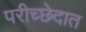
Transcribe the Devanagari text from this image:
परीच्छेदात